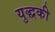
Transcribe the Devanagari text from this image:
युद्धकी